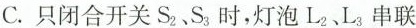
C. 只闭合开关 S_{2}、S_{3} 时，灯泡 L_{2}、L_{3} 串联